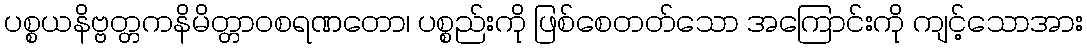
ပစ္စယနိဗ္ဗတ္တကနိမိတ္တာဝစရဏတော၊ ပစ္စည်းကို ဖြစ်စေတတ်သော အကြောင်းကို ကျင့်သောအား